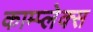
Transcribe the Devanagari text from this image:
काम्‍प्‍लेक्स